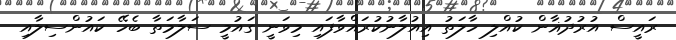
ރައީސް އުރުދުޣާން ކުއްލި ހާލަތު އިއުލާނުކުރައްވާފައި މިވަނީ ގައުމީ ސަލާމަތާ ބެހޭ ކައުންސިލާއި